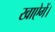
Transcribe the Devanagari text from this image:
खाऐगें।